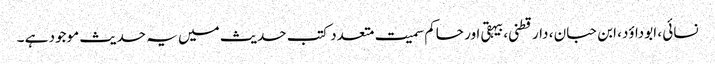
نسائی ، ابوداؤد، ابن حبان ، دارقطنی،بیہقی اور حاکم سمیت متعدد کتب حدیث میں یہ حدیث موجود ہے ۔